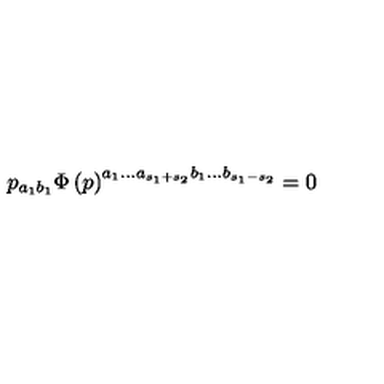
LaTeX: p _ { a _ { 1 } b _ { 1 } } \Phi \left( p \right) ^ { a _ { 1 } . . . a _ { s _ { 1 } + s _ { 2 } } b _ { 1 } . . . b _ { s _ { 1 } - s _ { 2 } } } = 0